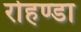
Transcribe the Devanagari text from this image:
रोहण्डा